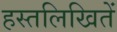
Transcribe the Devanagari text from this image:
हस्तलिखितें